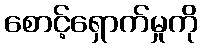
စောင့်ရှောက်မှုကို